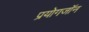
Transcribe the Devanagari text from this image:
प्रयोगजॉन